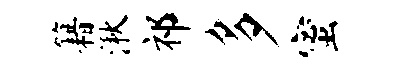
籍湫祁多蜜